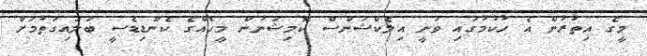
މީގެ އިތުރުން އެ ހުކުމުގައި ވަނީ އިލެކްޝަންސް ކޮމިޝަނުން މީހެއްގެ ކެންޑިޑެސީ ބަލައިގަތުމަށް